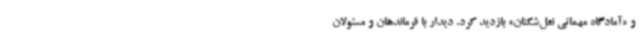
و «آمادگاه مهماتی نعل‌شکنان» بازدید کرد. دیدار با فرماندهان و مسئولان